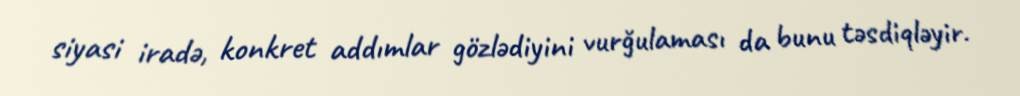
siyasi iradə, konkret addımlar gözlədiyini vurğulaması da bunu təsdiqləyir.